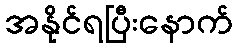
အနိုင်ရပြီးနောက်